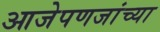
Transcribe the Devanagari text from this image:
आजेपणजांच्या